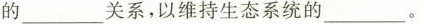
的___关系，以维持生态系统的___。